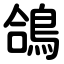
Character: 鴿